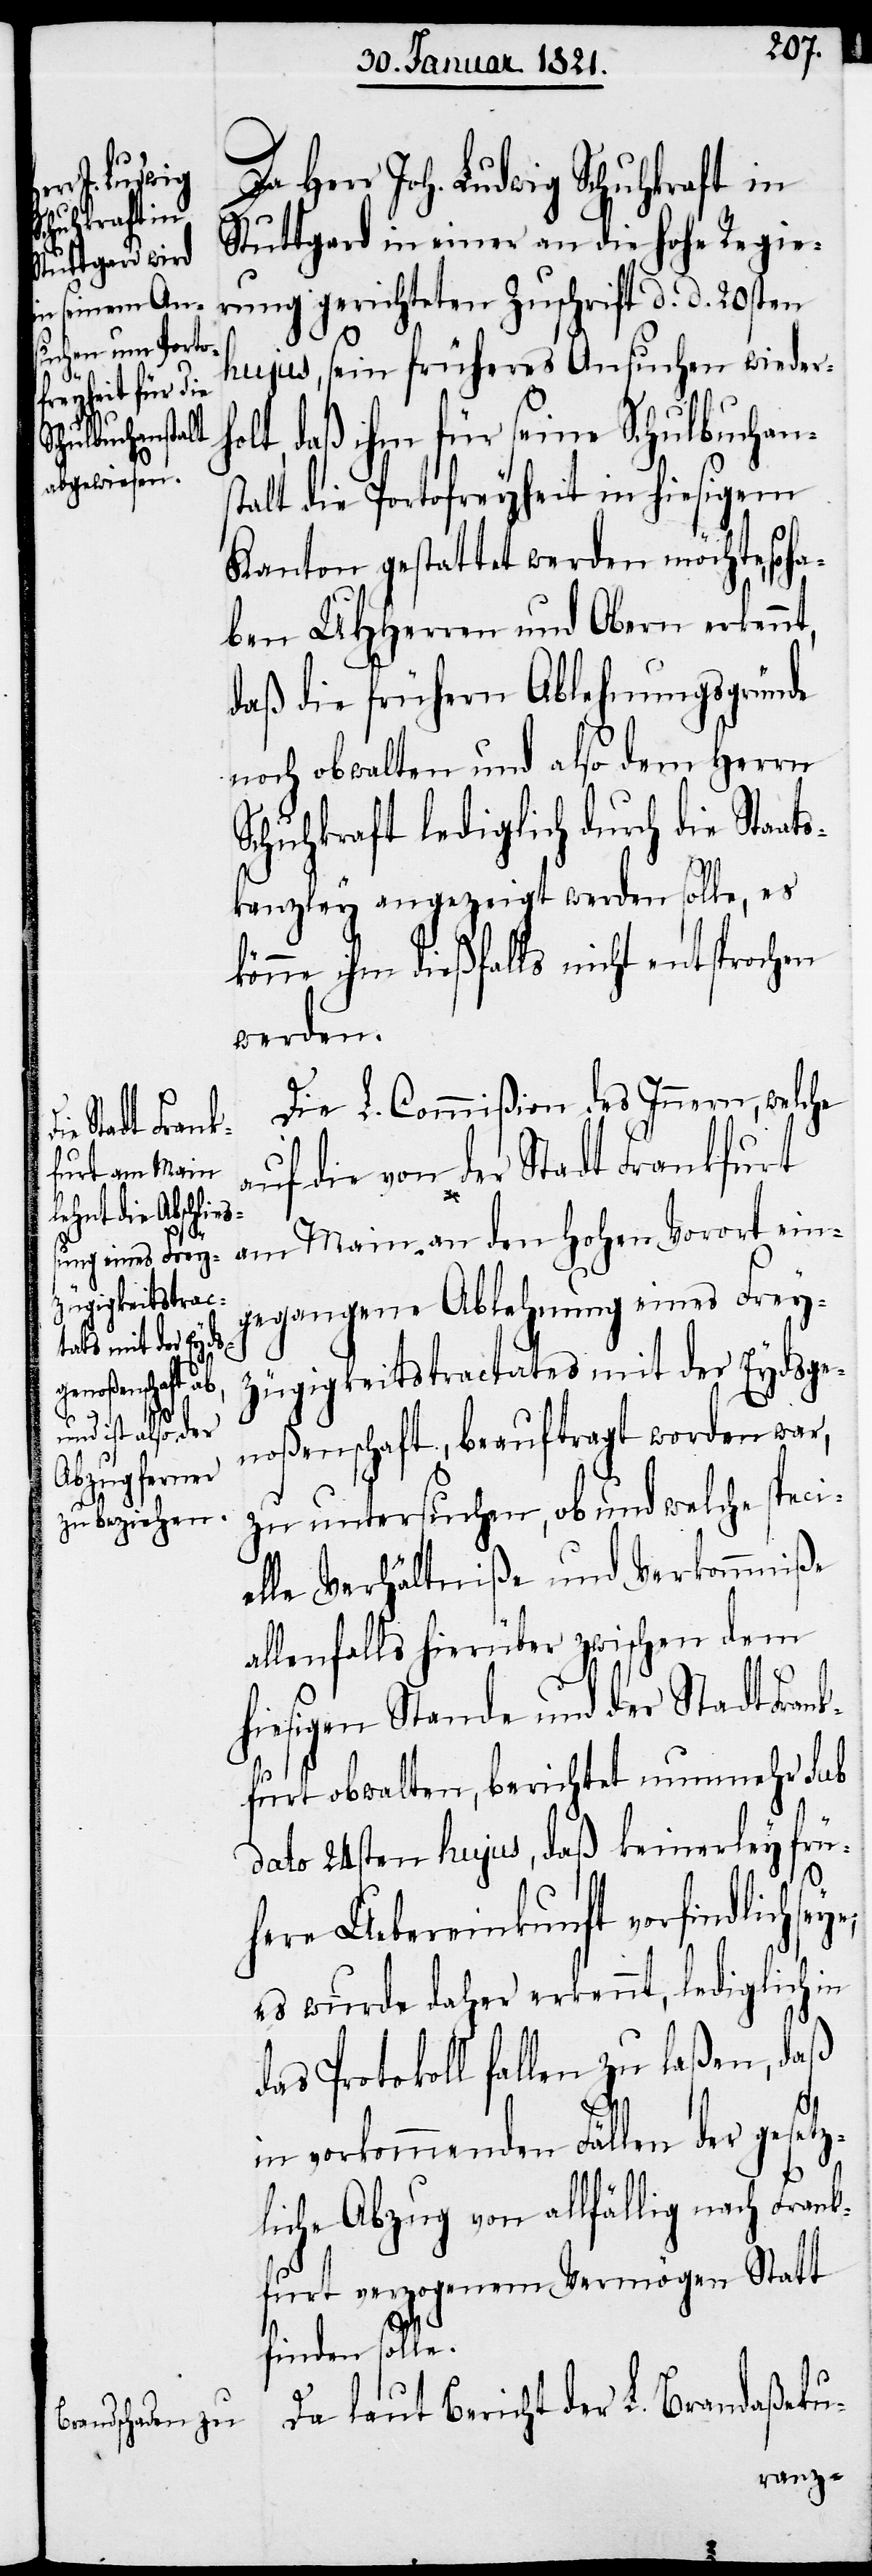
Da Herr Joh. Ludwig Schuhkraft in
Stuttgard in einer an die hohe Regie¬
rung gerichteten Zuschrift d. d. 20sten
hujus, sein früheres Ansuchen wieder¬
lt, daß ihm für seine Schulbuchans¬
talt die Portofreyheit in hiesigem
Kanton gestattet werden möchte, so
ben UHHerren und Obern erkennt,
daß die frühern Ablehnungsgründe
noch obwalten und also dem Herrn
Schuhkraft lediglich durch die Sta¬
kanzley angezeigt werden solle, es
könne ihm dießfalls nicht entsprochen
werden.
Die L. Commißion des Innern, welche
auf die von der Stadt Frankfurt
am Main an den hohen Vorort ein¬
gegangene Ablehnung eines Frey¬
zügigkeitstractates mit der Eydsge¬
ats¬
noßenschaft, beauftragt worden war,
zu untersuchen, ob und welche speci¬
elle Verhältniße und Verkommniße
allenfalls hierüber zwischen dem
hiesigen Stande und der Stadt Fran¬
kfurt obwalten, berichtet nunmehr sub
dato 24sten hujus, daß keinerley frü¬
here Übereinkunft vorfindlich
es wurde daher erkennt, lediglich in
das Protokoll fallen zu laßen, daß
in vorkommenden Fällen der gesetz¬
liche Abzug von allfällig nach Frank¬
furt verzogenem Vermögen Statt
finden solle.
Da laut Bericht der L. Brandaßeku-